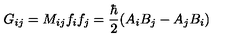
G _ { i j } = M _ { i j } f _ { i } f _ { j } = \frac { \hbar } { 2 } ( A _ { i } B _ { j } - A _ { j } B _ { i } )